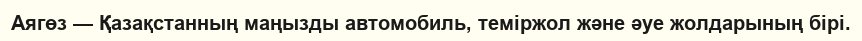
Аягөз — Қазақстанның маңызды автомобиль, теміржол және әуе жолдарының бірі.